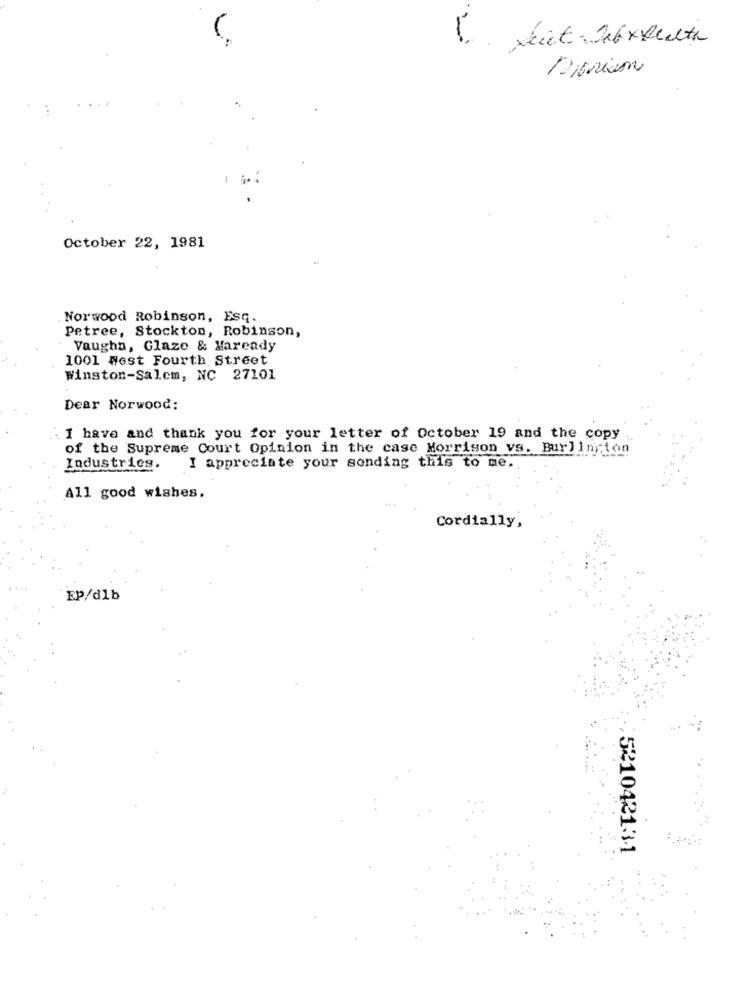
xiet Je6 x Death
Dioniso
October 22, 1981
Norwood Robinson, Esq.
Petree, Stockton, Robinson,
Vaughn, Glaze & Haready
1001 West Fourth Street
Winston-Salem, NC 27101
Dear Norwood:
I have and thank you for your letter of October 19 and the copy
of the Supreme Court Opinion in the case Morrison vs. Burlington
Industries.
I appreciate your sonding this to me.
All good wishes.
Cordially,
EP/dlb
521042131